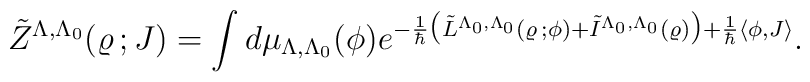
\tilde{Z}^{\Lambda ,\Lambda _0} (\varrho \, ;J)       = \int d\mu _{\Lambda ,\Lambda _0}(\phi ) e^{- \frac{1}{\hbar}     \bigl (\tilde{L}^{\Lambda _0,\Lambda _0}(\varrho \, ;\phi ) +       \tilde {I}^{\Lambda_0, \Lambda_0}(\varrho ) \bigr )              +\frac{1}{\hbar}\langle \phi , J \rangle } .